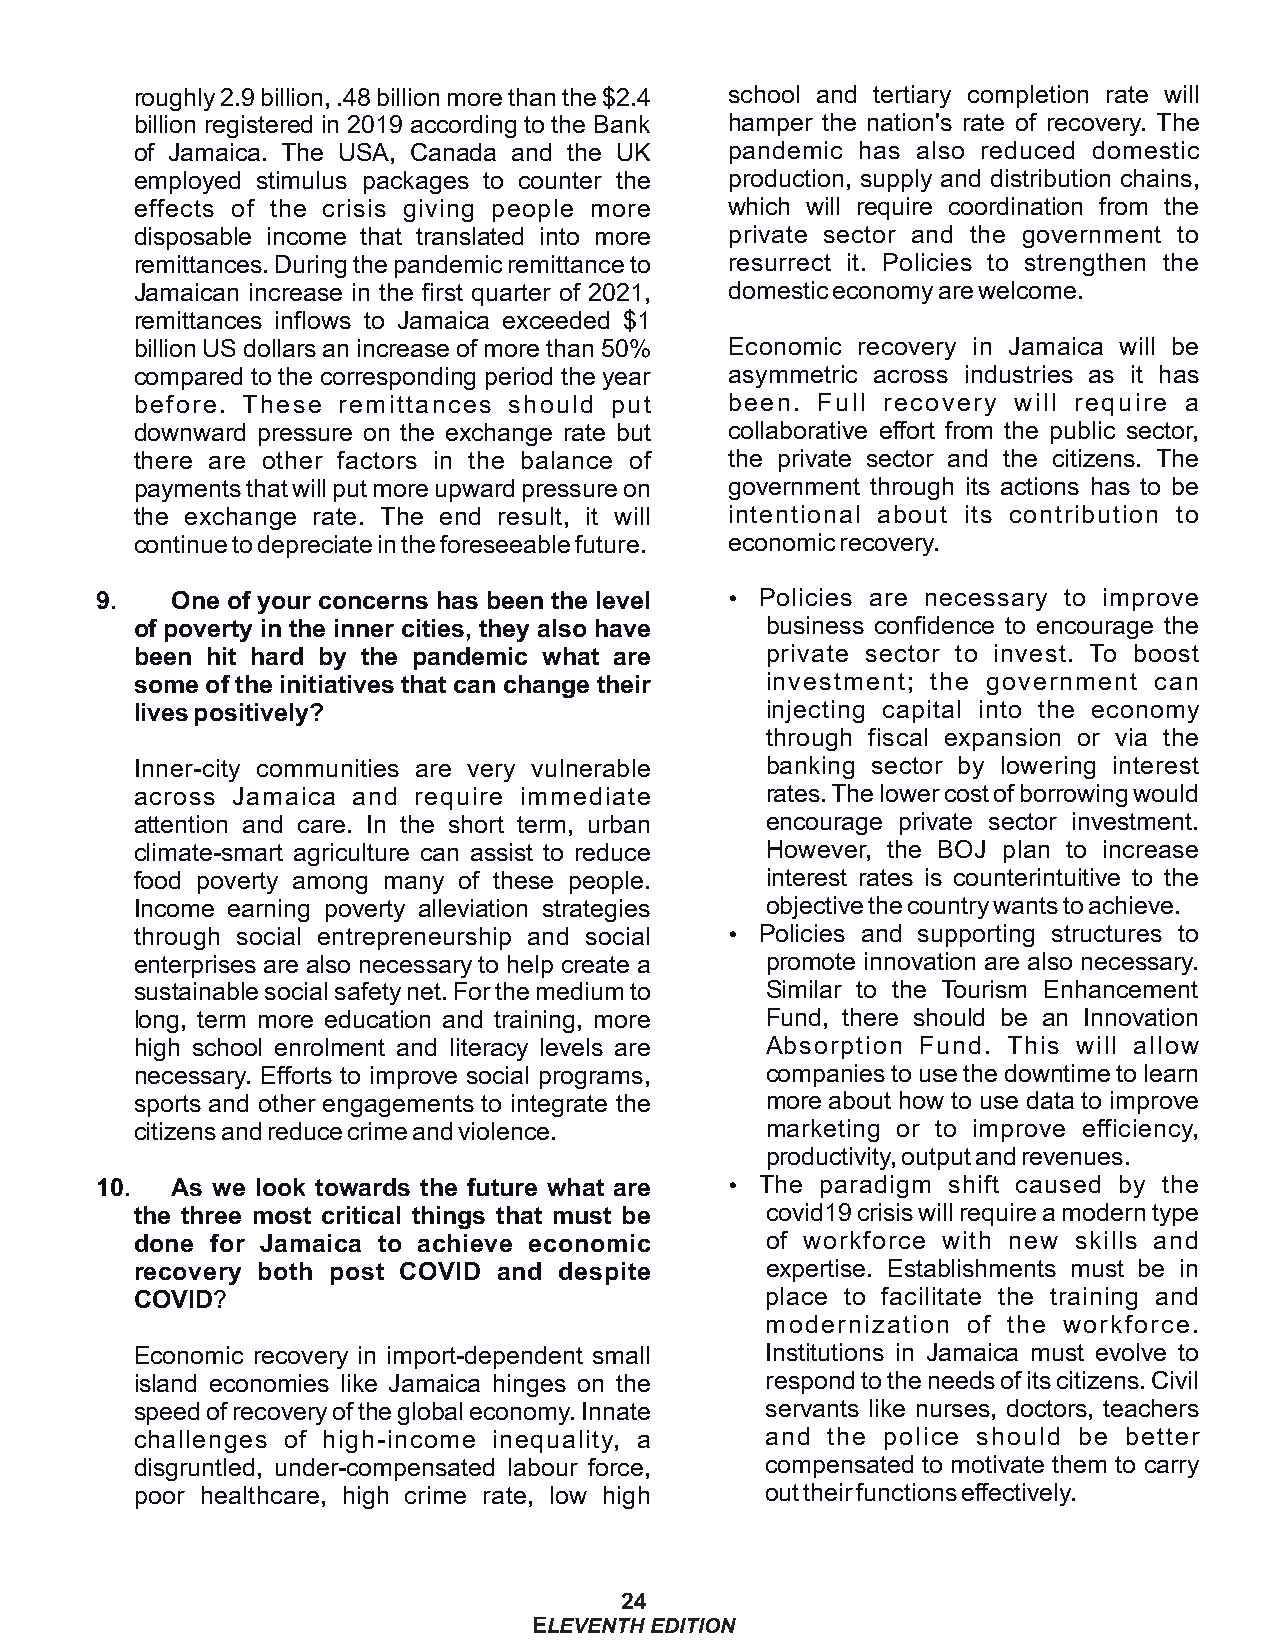
roughly 2.9 billion, .48 billion more than the $2.4 school and tertiary completion rate will
 billion registered in 2019 according to the Bank hamper the nation's rate of recovery. The
 of Jamaica. The USA, Canada and the UK pandemic has also reduced domestic
 employed stimulus packages to counter the production, supply and distribution chains,
 effects of the crisis giving people more which will require coordination from the
 disposable income that translated into more private sector and the government to
 remittances. During the pandemic remittance to resurrect it. Policies to strengthen the
 Jamaican increase in the first quarter of 2021, domestic economy are welcome.
 remittances inflows to Jamaica exceeded $1
 billion US dollars an increase of more than 50% Economic recovery in Jamaica will be
 compared to the corresponding period the year asymmetric across industries as it has
 before. These remittances should put   been. Full recovery will require a
 downward pressure on the exchange rate but collaborative effort from the public sector,
 there are other factors in the balance of the private sector and the citizens. The
 payments that will put more upward pressure on government through its actions has to be
 the exchange rate. The end result, it will intentional about its contribution to
 continue to depreciate in the foreseeable future. economic recovery.
 9.   One of your concerns has been the level Ÿ Policies are necessary to improve
 of poverty in the inner cities, they also have business confidence to encourage the
 been hit hard by the pandemic what are    private sector to invest. To boost
 some of the initiatives that can change their investment; the government can
 lives positively?                         injecting capital into the economy
 through fiscal expansion or via the
 Inner-city communities are very vulnerable banking sector by lowering interest
 across Jamaica and require immediate      rates. The lower cost of borrowing would
 attention and care. In the short term, urban encourage private sector investment.
 climate-smart agriculture can assist to reduce However, the BOJ plan to increase
 food poverty among many of these people.  interest rates is counterintuitive to the
 Income earning poverty alleviation strategies objective the country wants to achieve.
 through social entrepreneurship and social Ÿ Policies and supporting structures to
 enterprises are also necessary to help create a promote innovation are also necessary.
 sustainable social safety net. For the medium to Similar to the Tourism Enhancement
 long, term more education and training, more Fund, there should be an Innovation
 high school enrolment and literacy levels are Absorption Fund. This will allow
 necessary. Efforts to improve social programs, companies to use the downtime to learn
 sports and other engagements to integrate the more about how to use data to improve
 citizens and reduce crime and violence.   marketing or to improve efficiency,
 productivity, output and revenues.
 10.  As we look towards the future what are Ÿ The paradigm shift caused by the
 the three most critical things that must be covid19 crisis will require a modern type
 done for Jamaica to achieve economic      of workforce with new skills and
 recovery both post COVID and despite      expertise. Establishments must be in
 COVID?                                    place to facilitate the training and
 modernization of the workforce.
 Economic recovery in import-dependent small Institutions in Jamaica must evolve to
 island economies like Jamaica hinges on the respond to the needs of its citizens. Civil
 speed of recovery of the global economy. Innate servants like nurses, doctors, teachers
 challenges of high-income inequality, a   and the police should be better
 disgruntled, under-compensated labour force, compensated to motivate them to carry
 poor healthcare, high crime rate, low high out their functions effectively.
 24
 ELEVENTH EDITION